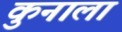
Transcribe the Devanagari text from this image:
कुनाला